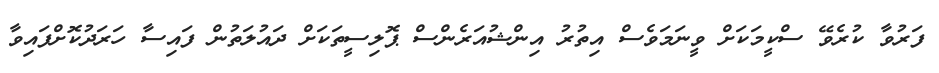
ފަރުވާ ކުރެވޭ ސްކީމަކަށް ވީނަމަވެސް އިތުރު އިންޝުއަރެންސް ޕޮލިސީތަކަށް ދައުލަތުން ފައިސާ ހަރަދުކޮށްފައިވާ